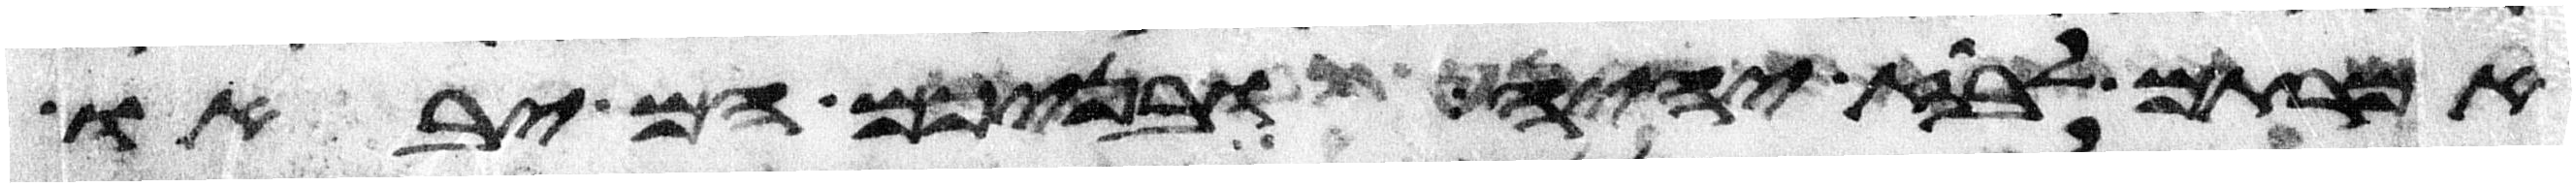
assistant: אמרתם לבוז יהיה ובניכם הם יבאו